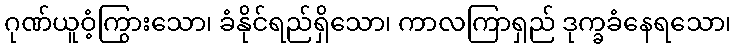
ဂုဏ်ယူဝံ့ကြွားသော၊ ခံနိုင်ရည်ရှိသော၊ ကာလကြာရှည် ဒုက္ခခံနေရသော၊